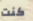
كنت